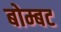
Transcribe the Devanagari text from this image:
बोम्बट